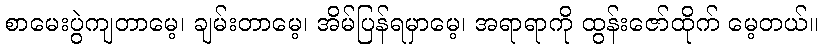
စာမေးပွဲကျတာမေ့၊ ချမ်းတာမေ့၊ အိမ်ပြန်ရမှာမေ့၊ အရာရာကို ထွန်းဇော်ထိုက် မေ့တယ်။